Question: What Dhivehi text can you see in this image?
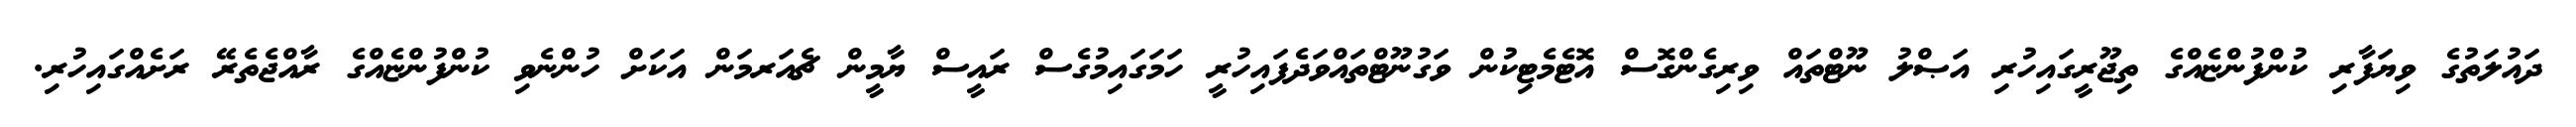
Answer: ދައުލަތުގެ ވިޔަފާރި ކުންފުންޏެއްގެ ތިޖޫރީގައިހުރި އަޞްލު ނޫޓްތައް ވިރިގެންގޮސް އޮޓެމެޓިކުން ވަގުނޫޓްތައްވަދެފައިހުރީ ހަމަގައިމުގެސް ރައީސް ޔާމީން ޗެއަރމަން އަކަށް ހުންނެވި ކުންފުންޏެއްގެ ރާއްޖެތެރޭ ރަށެއްގައިހުރި.